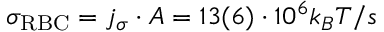
\sigma _ { \mathrm { R B C } } = j _ { \sigma } \cdot A = 1 3 ( 6 ) \cdot 1 0 ^ { 6 } k _ { B } T / s